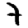
Digit: 7